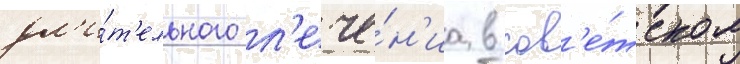
дл'и́т'ельного л'ече́н'иа в сов'е́тском